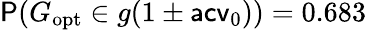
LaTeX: \mathsf P(G_{\mathrm{opt}}\in g(1\pm\mathsf{acv}_{0}))=0.683